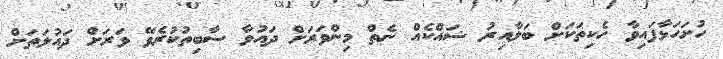
ހުށަހަޅާފައިވާ ހެކިތަކަށް ބަލާއިރު ޝައްކެއް ނެތް މިންވަރަށް ދައުވާ ސާބިތުކުރެވޭ ވަރަށް ދައުލަތަށް